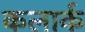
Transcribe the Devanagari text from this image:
कलार्क